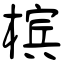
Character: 槟